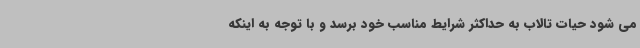
می شود حیات تالاب به حداکثر شرایط مناسب خود برسد و با توجه به اینکه